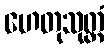
ဟေတုသုတ္တံ